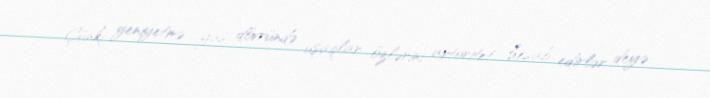
Çünki yeniyetmə yaş dövründə uşaqlar özlərini avtoritet hesab edirlər deyə